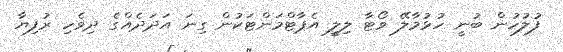
ފުލުހުން ބުނީ ހުޅުމާލޭ ވޯޓާ ލިލީ އެޕާޓްމަންޓަކުން ގިނަ އަދަދެއްގެ ދިވެހި ރުފިޔާ